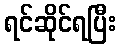
ရင်ဆိုင်ရပြီး